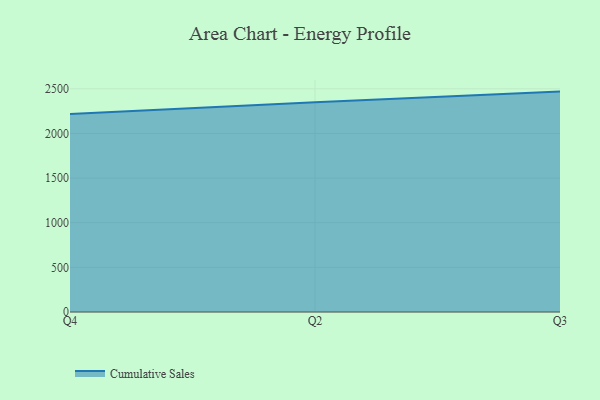
{"axis": {"x": "Quarter", "y": "Bounce Rate (%)"}, "legend": ["Cumulative Sales"], "data": [{"x": "Q4", "y": 2218.4, "type": "Cumulative Sales"}, {"x": "Q2", "y": 2348.7, "type": "Cumulative Sales"}, {"x": "Q3", "y": 2468.5, "type": "Cumulative Sales"}]}